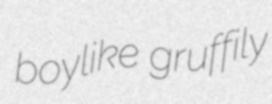
boylike gruffily